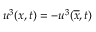
u ^ { 3 } ( x , t ) = - u ^ { 3 } ( \overline { { x } } , t )